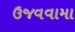
ઉજવવામા